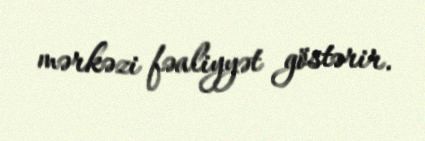
mərkəzi fəaliyyət göstərir.